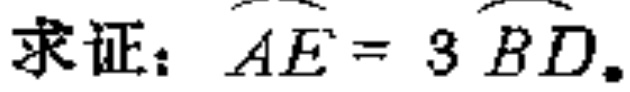
求证：\(\overset{\frown}{AE}= 3\overset{\frown}{BD}\)。